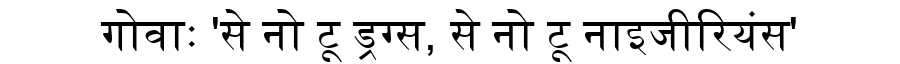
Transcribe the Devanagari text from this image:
गोवाः 'से नो टू ड्रग्स, से नो टू नाइजीरियंस'